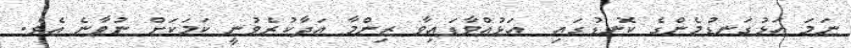
ނަމަ އަޅުގަނޑުމެންގެ ކޮނޑުގައި  އަޅުއްވާފައިވާ ޒިންމާ އަދާކުރެވުނީ ކަމަކަށް ނުވާނެ އެވެ.